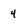
Character: 4